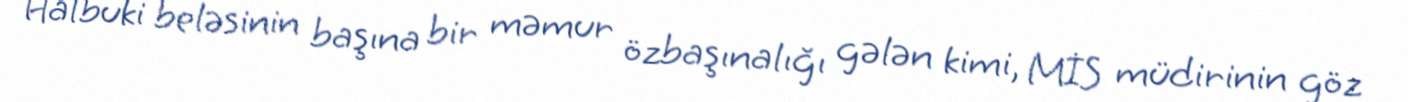
Halbuki beləsinin başına bir məmur özbaşınalığı gələn kimi, MİS müdirinin göz